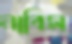
নাবিস